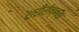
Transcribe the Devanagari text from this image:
शरीरोष्णता